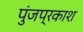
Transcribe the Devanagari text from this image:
पुंजप्रकाश